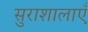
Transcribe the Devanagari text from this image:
सुराशालाएँ